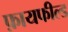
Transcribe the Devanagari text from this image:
फ़ायफील्ड